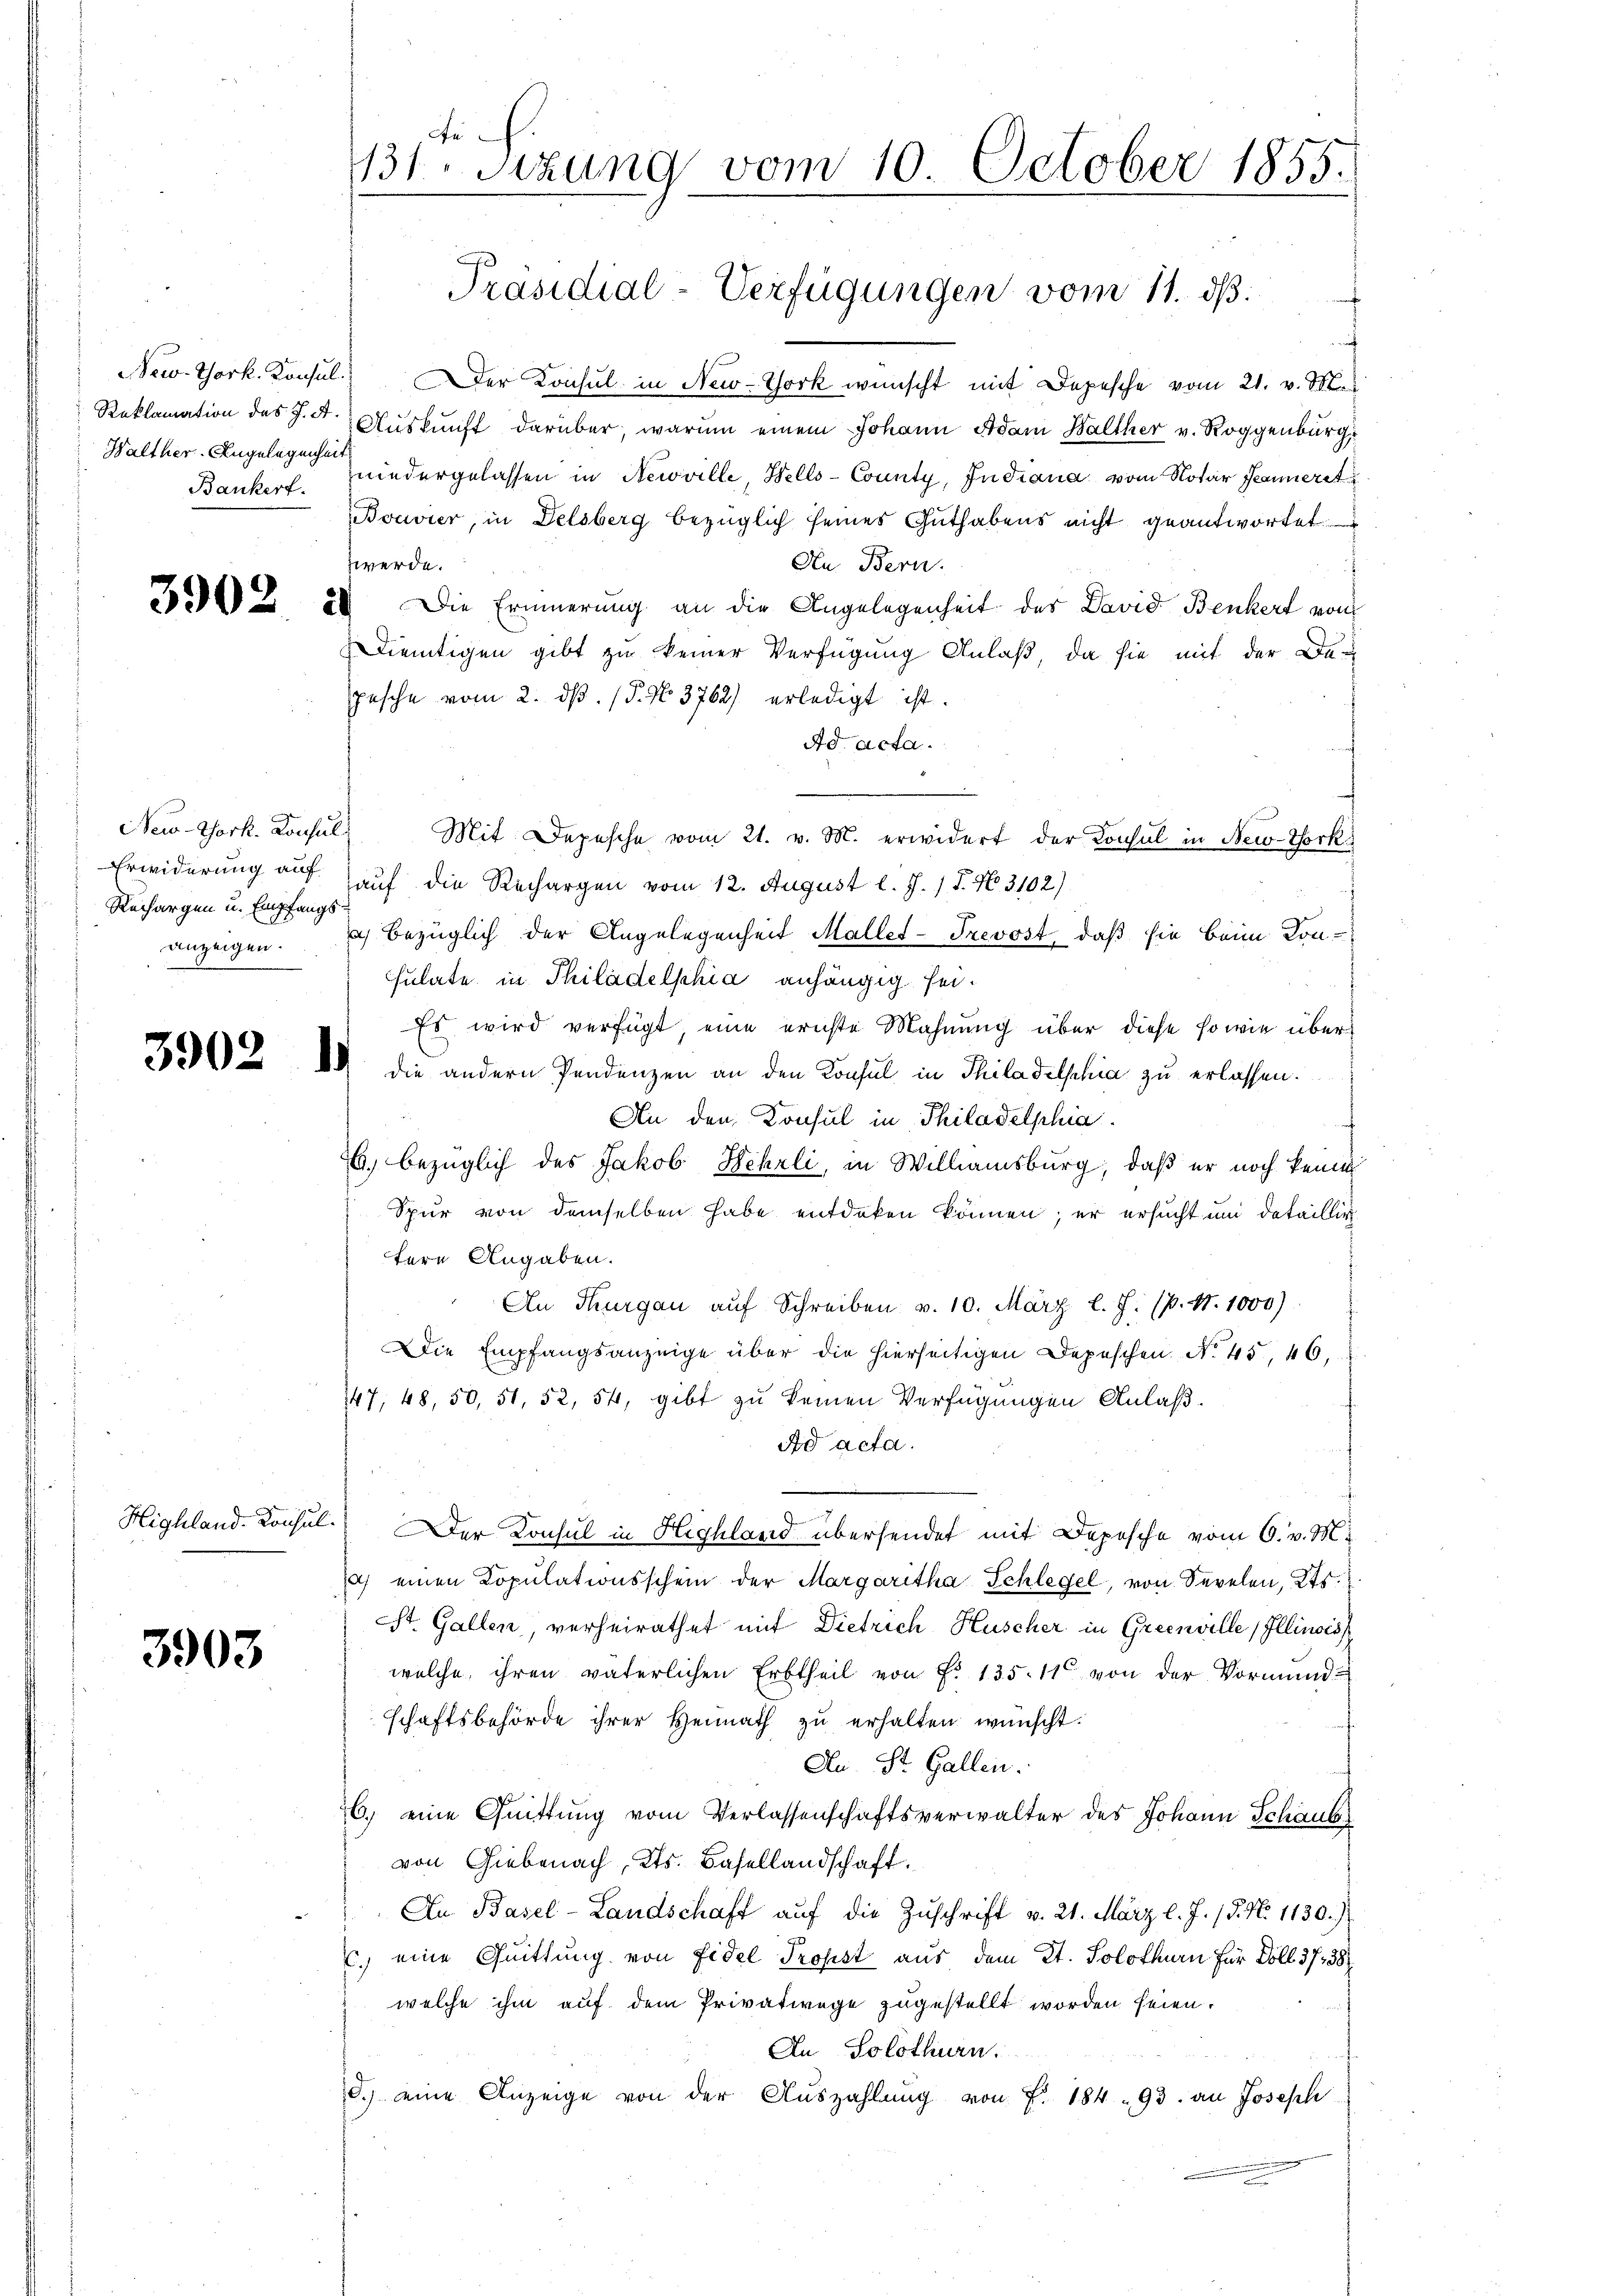
Walther-Angelegenheit

New-York. Konsul
Erwiderung auf
Rechargen u. Empfangs
anzeigen.

390.

3903

New. Thork. Konsul Der Konsul in New-York wünscht mit Depesche vom 21. v. M.
Reklamation des J. d. Auskunft darüber, warum einem Johann Adam Balther v. Roggenburg
Bankerf. niedergelassen in Newville, Hells-County, Indiana vom Notar Jeanneret
Bouvier, in Delsberg bezüglich seines Guthabens nicht geantwortet.
werde.
An Bern.
393. 2. Die Erinnerung an die Angelegenheit der David Benkert von
dientigen gibt zu keiner Verfügung Anlaß, da sie mit der De-
pesche vom 2. dβ. P. No. 3762) erledigt ist.
Ad. Acta.
Mit Depesche vom 21. v. M. erwidert der Konsul in New-York
auf die Rechargen vom 12. August l. J. 18. No. 3102)
a) bezüglich der Angelegenheit Maller-Trevost, daß sie beim Konsulate in Philadelphia anhängig sei.
Es wird verfügt, eine ernste Mahnung über diese sowie über¬
 die andern Pendenzen an den Konsul in Thiladelphia zu erlassen.
An den Konsul in Philadelphia
E. bezüglich des Jakob Hehrli, in Williamsburg, daß er noch keine
Spur von demselben habe entdeken können; er ersucht und detaillig
tere Angaben.
An Thurgau auf Schreiben v. 10. März l. J. P. Nr. 1000)
Die Empfangsanzeige über die hierseitigen Depeschen No. 45, 46,
147, 48, 50, 51, 52, 54, gibt zu keinen Verfügungen Anlaß.
Ad acta.
Highland-Consul. Der Konsul in Highland übersendet mit Depesche vom 6. v. M.
) einen Kopulationsschein der Margaritha Schlegel, von Sevelen, Kts.
St. Gallen, verheirathet mit Dietrich Huscher in Creenville Illinois
welche ihren väterlichen Erbtheil von P. 135. 11 von der Vormund-
schaftsbehörde ihrer Heimath zu erhalten wünscht.
An St. Gallen.
26. eine Quittung vom Verlassenschaftsverwalter des Johann Schaub
von Giebenach, Kts. Basellandschaft.
In Basel-Landschaft aŭf die Zŭschrift v. 21. März l. J. 18. No 1130.)
c. eine Quittung von Fidel Propst aus dem Kt. Solothurn für Doll 3738
welche ihm auf dem Privatwege zugestellt worden seien.
An Solothurn.
d.) eine Anzeige von der Auszahlung von f. 184. 93. an Joseph

te
131. Sizung vom 10. October 1855.
n
Präsidial-Verfügungen vom 11. ds.